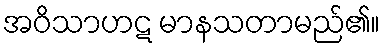
အဝိသာဟဋ မာနသတာမည်၏။